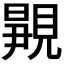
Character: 𬡿